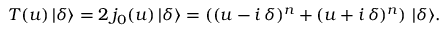
T ( u ) \, | \delta \rangle = 2 \, j _ { 0 } ( u ) \, | \delta \rangle = \left( ( u - i \, \delta ) ^ { n } + ( u + i \, \delta ) ^ { n } \right) \, | \delta \rangle .